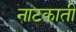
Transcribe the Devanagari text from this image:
नाटकाती